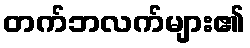
တက်ဘလက်များ၏